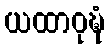
ယထာဝုဍ္ဎံ